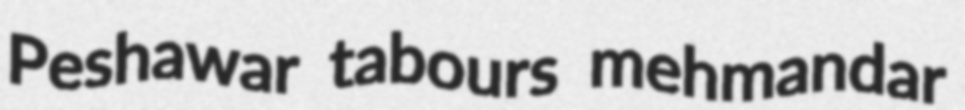
Peshawar tabours mehmandar